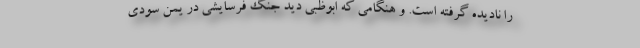
را نادیده گرفته است. و هنگامی که ابوظبی دید جنگ فرسایشی در یمن سودی